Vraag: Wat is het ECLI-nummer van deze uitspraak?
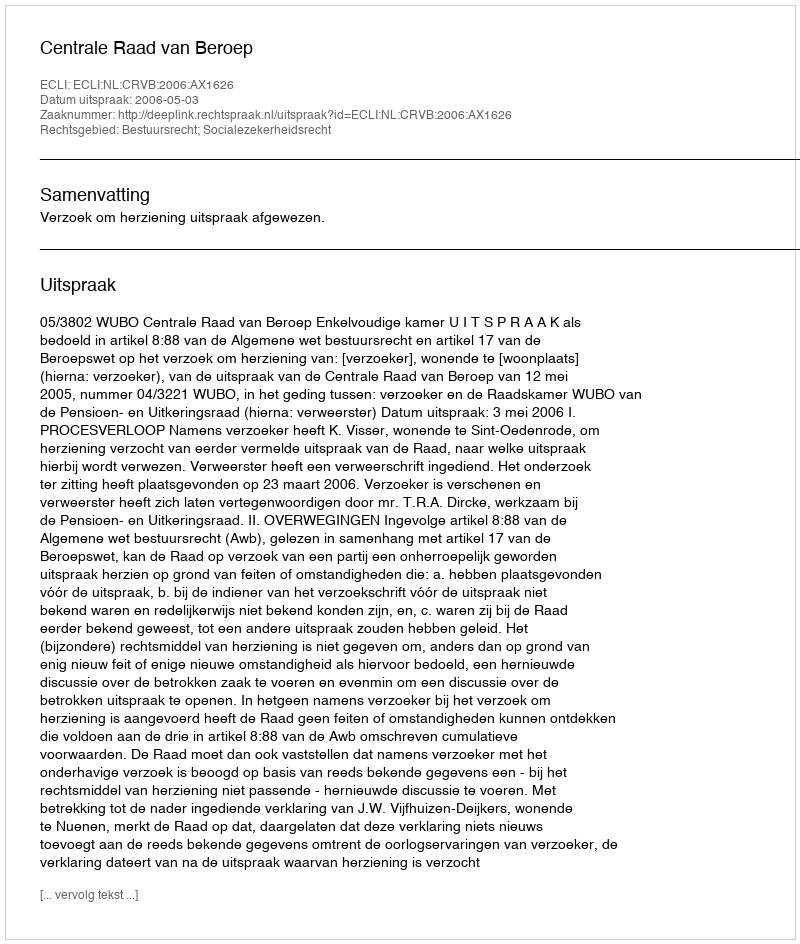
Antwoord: ECLI:NL:CRVB:2006:AX1626